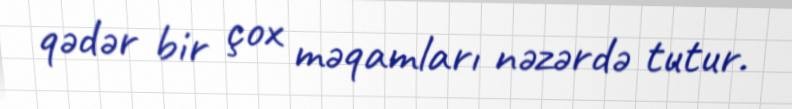
qədər bir çox məqamları nəzərdə tutur.